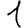
Digit: 1